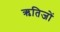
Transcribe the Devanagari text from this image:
ऋतिजों